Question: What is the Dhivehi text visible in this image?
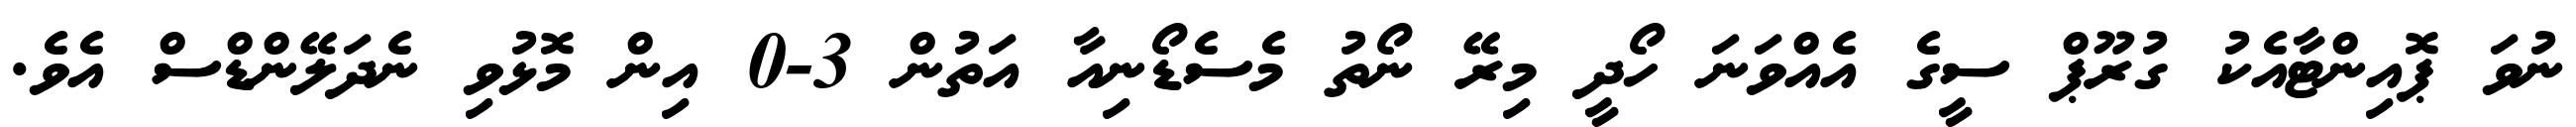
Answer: ނުވަ ޕޮއިންޓާއެކު ގުރޫޕް ސީގެ އެއްވަނަ ހޯދީ މިރޭ ނޯތު މެސެޑޯނިއާ އަތުން 3-0 އިން މޮޅުވި ނެދަލޭންޑްސް އެވެ.